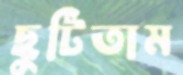
ছুটিতাম